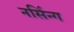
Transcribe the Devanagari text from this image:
नर्सिन्ग